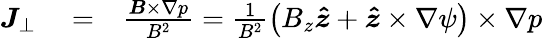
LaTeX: \begin{array}{rlr}{\boldsymbol{J}_{\perp}}&{{}=}&{\frac{\boldsymbol{B}\times\nabla p}{B^{2}}=\frac{1}{B^{2}}\left(B_{z}\boldsymbol{\hat{z}}+\boldsymbol{\hat{z}}\times\nabla\psi\right)\times\nabla p}\end{array}